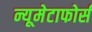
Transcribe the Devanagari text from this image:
न्यूमेटाफोर्स